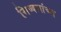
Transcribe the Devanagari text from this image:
सिब्बलांच्या